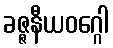
ခဇ္ဇနီယဝဂ္ဂေါ